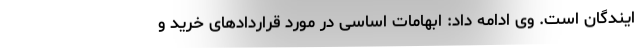
ایندگان است. وی ادامه داد: ابهامات اساسی در مورد قراردادهای خرید و